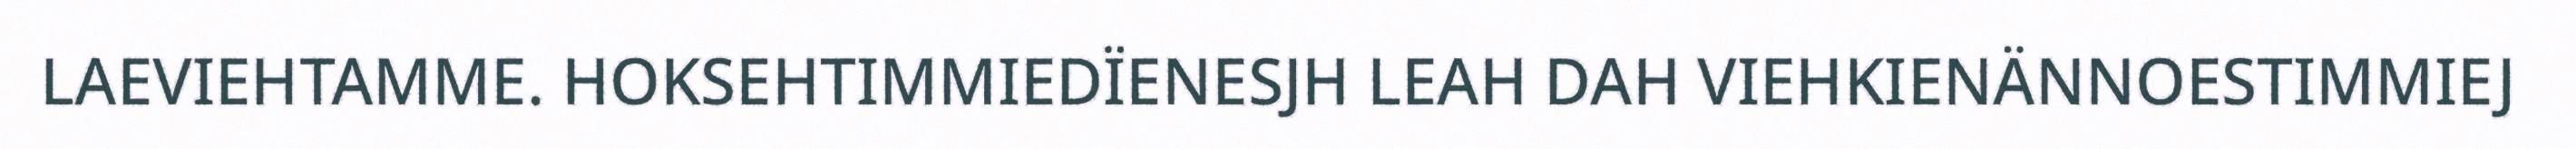
LAEVIEHTAMME. HOKSEHTIMMIEDÏENESJH LEAH DAH VIEHKIENÄNNOESTIMMIEJ